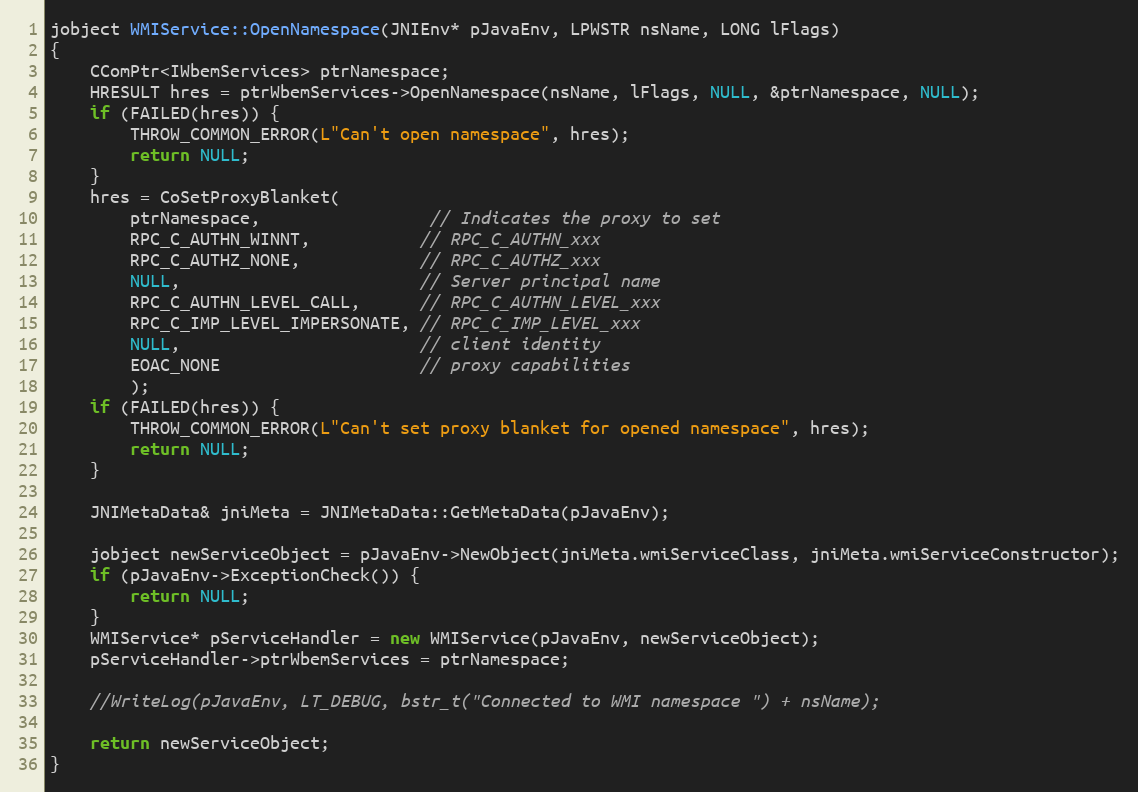
Language: C++
jobject WMIService::OpenNamespace(JNIEnv* pJavaEnv, LPWSTR nsName, LONG lFlags)
{
	CComPtr<IWbemServices> ptrNamespace;
	HRESULT hres = ptrWbemServices->OpenNamespace(nsName, lFlags, NULL, &ptrNamespace, NULL);
	if (FAILED(hres)) {
		THROW_COMMON_ERROR(L"Can't open namespace", hres);
		return NULL;
	}
    hres = CoSetProxyBlanket(
		ptrNamespace,				 // Indicates the proxy to set
		RPC_C_AUTHN_WINNT,           // RPC_C_AUTHN_xxx
		RPC_C_AUTHZ_NONE,            // RPC_C_AUTHZ_xxx
		NULL,                        // Server principal name
		RPC_C_AUTHN_LEVEL_CALL,      // RPC_C_AUTHN_LEVEL_xxx
		RPC_C_IMP_LEVEL_IMPERSONATE, // RPC_C_IMP_LEVEL_xxx
		NULL,                        // client identity
		EOAC_NONE                    // proxy capabilities
		);
    if (FAILED(hres)) {
        THROW_COMMON_ERROR(L"Can't set proxy blanket for opened namespace", hres);
		return NULL;
    }

	JNIMetaData& jniMeta = JNIMetaData::GetMetaData(pJavaEnv);

	jobject newServiceObject = pJavaEnv->NewObject(jniMeta.wmiServiceClass, jniMeta.wmiServiceConstructor);
	if (pJavaEnv->ExceptionCheck()) {
		return NULL;
	}
	WMIService* pServiceHandler = new WMIService(pJavaEnv, newServiceObject);
	pServiceHandler->ptrWbemServices = ptrNamespace;

	//WriteLog(pJavaEnv, LT_DEBUG, bstr_t("Connected to WMI namespace ") + nsName);

	return newServiceObject;
}